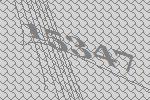
15347